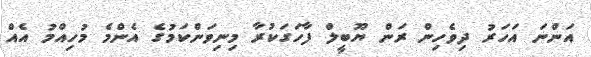
އަންނަ އަހަރު ދިވެހިން ރަން ޔޫބީލް ފާހަގަކުރާ މިނިވަންކަމުގެ އެންމެ މުހިއްމު އެއް